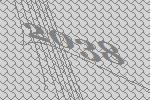
2038